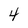
Character: 4